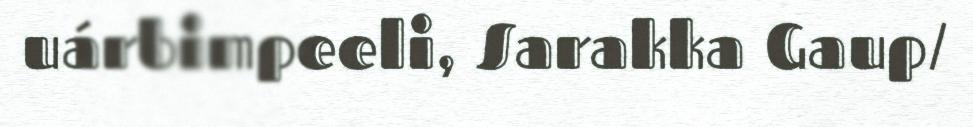
uárbimpeeli, Sarakka Gaup/